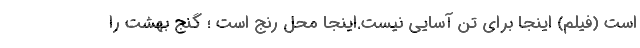
است (فیلم) اینجا برای تن آسایی نیست.اینجا محل رنج است ؛ گنج بهشت را